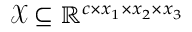
\mathcal { X } \subseteq \mathbb { R } ^ { c \times x _ { 1 } \times x _ { 2 } \times x _ { 3 } }